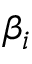
\beta _ { i }